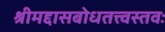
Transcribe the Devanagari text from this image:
श्रीमद्दासबोधतत्त्वस्तवः